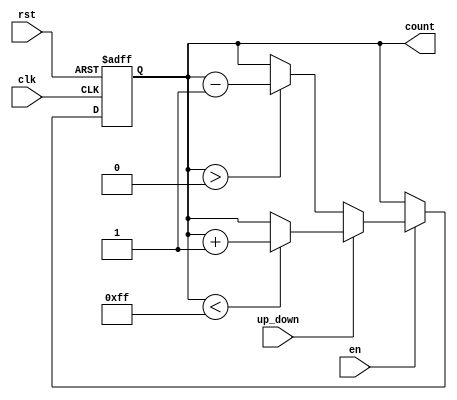
module UpDownCounter (
    input wire clk,           // Clock signal
    input wire rst,           // Reset signal (active high)
    input wire en,            // Enable signal (active high)
    input wire up_down,       // Up/Down control signal (1 for up, 0 for down)
    output reg [7:0] count    // Count value output (8-bit wide)
);

    // Define parameters for maximum and minimum count values
    parameter MAX_COUNT = 255; // Maximum count value (8-bit)
    parameter MIN_COUNT = 0;    // Minimum count value (0)

    // Synchronous logic for the counter
    always @(posedge clk or posedge rst) begin
        if (rst) begin
            // Reset the count to predefined initial value (zero)
            count <= MIN_COUNT;
        end else if (en) begin
            // Count based on the Up/Down control signal
            if (up_down) begin
                // Increment the count if up_down is high
                if (count < MAX_COUNT) begin
                    count <= count + 1;
                end
            end else begin
                // Decrement the count if up_down is low
                if (count > MIN_COUNT) begin
                    count <= count - 1;
                end
            end
        end
    end

endmodule